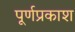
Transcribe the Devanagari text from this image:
पूर्णप्रकाश